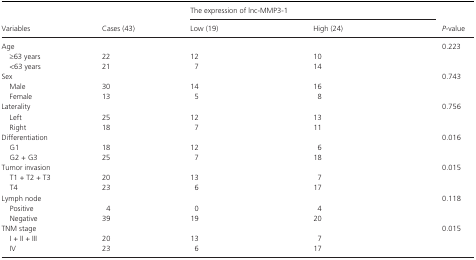
<table><thead><tr><td rowspan="2"><b>Variables</b></td><td rowspan="2"><b>Cases (43)</b></td><td colspan="2"><b>The expression of lnc‐MMP3‐1</b></td><td rowspan="2"><b><i>P</i>‐value</b></td></tr><tr><td><b>Low (19)</b></td><td><b>High (24)</b></td></tr></thead><tbody><tr><td>Age</td><td></td><td></td><td></td><td>0.223</td></tr><tr><td>≥63 years</td><td>22</td><td>12</td><td>10</td><td></td></tr><tr><td>&lt;63 years</td><td>21</td><td>7</td><td>14</td><td></td></tr><tr><td>Sex</td><td></td><td></td><td></td><td>0.743</td></tr><tr><td>Male</td><td>30</td><td>14</td><td>16</td><td></td></tr><tr><td>Female</td><td>13</td><td>5</td><td>8</td><td></td></tr><tr><td>Laterality</td><td></td><td></td><td></td><td>0.756</td></tr><tr><td>Left</td><td>25</td><td>12</td><td>13</td><td></td></tr><tr><td>Right</td><td>18</td><td>7</td><td>11</td><td></td></tr><tr><td>Differentiation</td><td></td><td></td><td></td><td>0.016</td></tr><tr><td>G1</td><td>18</td><td>12</td><td>6</td><td></td></tr><tr><td>G2 + G3</td><td>25</td><td>7</td><td>18</td><td></td></tr><tr><td>Tumor invasion</td><td></td><td></td><td></td><td>0.015</td></tr><tr><td>T1 + T2 + T3</td><td>20</td><td>13</td><td>7</td><td></td></tr><tr><td>T4</td><td>23</td><td>6</td><td>17</td><td></td></tr><tr><td>Lymph node</td><td></td><td></td><td></td><td>0.118</td></tr><tr><td>Positive</td><td>4</td><td>0</td><td>4</td><td></td></tr><tr><td>Negative</td><td>39</td><td>19</td><td>20</td><td></td></tr><tr><td>TNM stage</td><td></td><td></td><td></td><td>0.015</td></tr><tr><td>I + II + III</td><td>20</td><td>13</td><td>7</td><td></td></tr><tr><td>IV</td><td>23</td><td>6</td><td>17</td><td></td></tr></tbody></table>